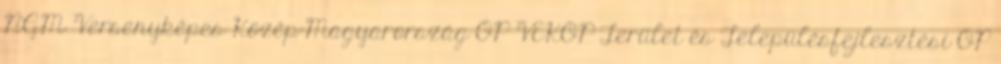
NGM Versenyképes Közép-Magyarország OP VEKOP Terület és Településfejlesztési OP